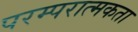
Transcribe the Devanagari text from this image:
परम्परात्मकता